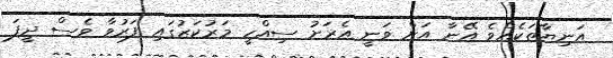
އަނިޔާތަކެއްވެ އޭނާ އަށް ވަނީ އެރަށު ސިއްހީ މަރުކަޒުގައި ފަރުވާ ވެސް ދީފަ